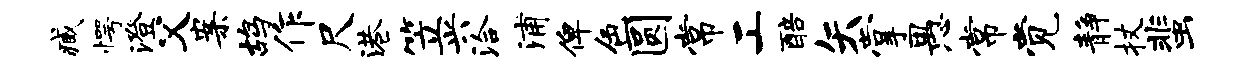
臧愕澄父案鸪作尺港笠兴洽浦俾色圆常工醅矢掌愚常觉静杖蜚